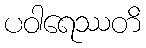
ပဝါရေဿတိ